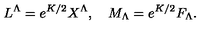
L ^ { \Lambda } = e ^ { K / 2 } X ^ { \Lambda } , \quad M _ { \Lambda } = e ^ { K / 2 } F _ { \Lambda } .